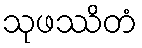
သုဖဿိတံ